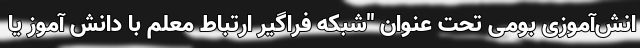
انش‌آموزی بومی تحت عنوان "شبکه فراگیر ارتباط معلم با دانش آموز یا